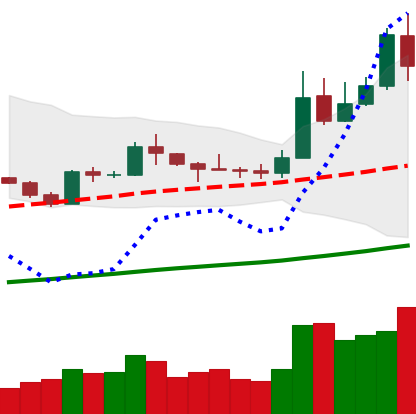
Ticker: LTC-USD
Chart end date: 2019-05-16
Forward return: -4.266%
Label: down_3_5